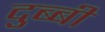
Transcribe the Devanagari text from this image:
दुब्बी